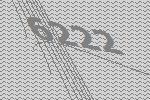
6222